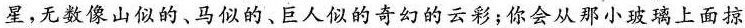
星，无数像山似的、马似的、巨人似的奇幻的云彩；你会从那小玻璃上面掠